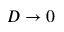
D \to 0